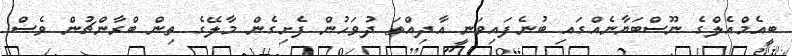
ބީއެމްއެލްގެ ނޫސްބަޔާނެއްގައި ބުނެފައިވަނީ އާދިއްތަ ދުވަހުން ފެށިގެން މާލޭގެ ތިން ބްރާންޗުން ވެސް